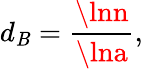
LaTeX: d_{\mathit{B}}=\frac{{\lnn}}{{\lna}},